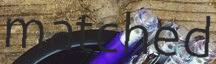
matched